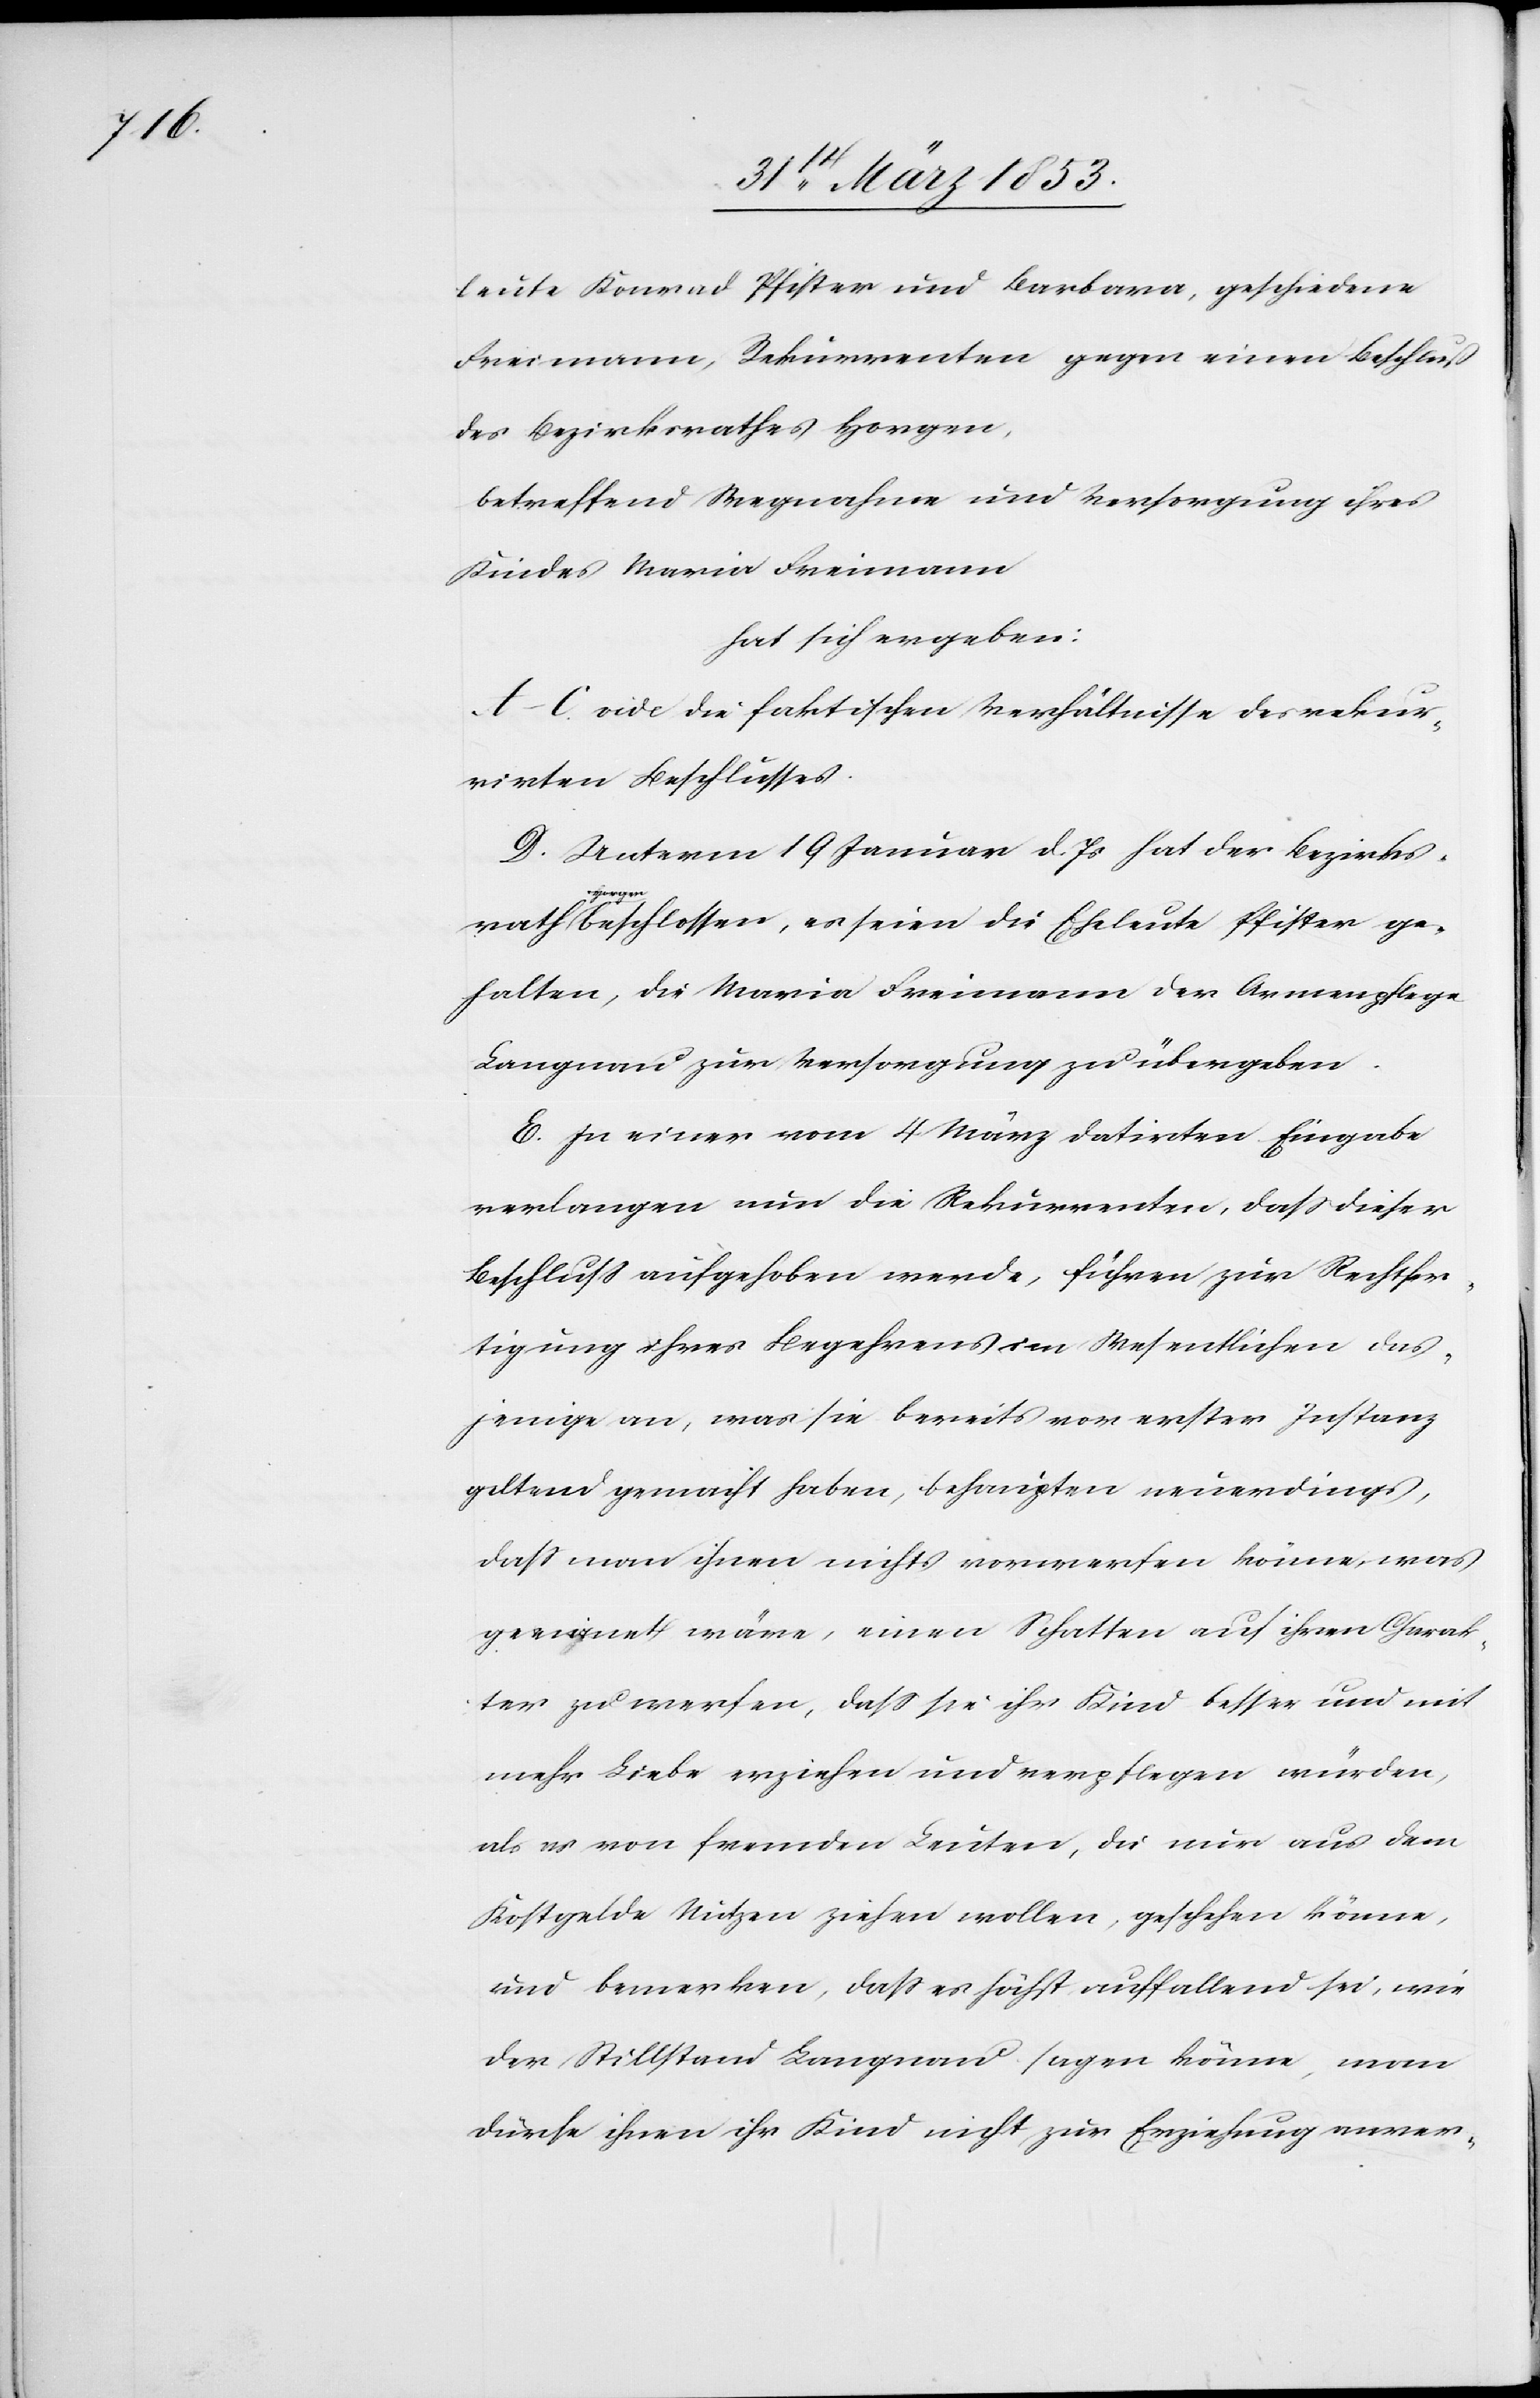
rath Ho¬

leute Konrad Pfister und Barbara, geschiedene
Freimann, Rekurrenten gegen einen Beschluß
des Bezirksrathes Horgen,
betreffend Wegnahme und Versorgung ihres
Kindes Maria Freimann.
hat sich ergeben:
A–C. vide die faktischen Verhältnisse des rekur¬
rirten Beschlusses.
D. Unterm 19 Januar d. Js. hat der Bezirks¬
rgen beschlossen, es seien die Eheleute Pfister ge¬
halten, die Maria Freimann der Armenpflege
Langnau zur Versorgung zu übergeben.
E. In einer vom 4 März datirten Eingabe
verlangen nun die Rekurrenten, daß dieser
Beschluß aufgehoben werde, führen zur Rechtfer¬
tigung ihres Begehrens im Wesentlichen das¬
jenige an, was sie bereits vor erster Instanz
geltend gemacht haben, behaupten neuerdings,
daß man ihnen nichts vorwerfen könne, was
geeignet wäre, einen Schatten auf ihren Charak¬
ter zu werfen, daß sie ihr Kind besser und mit
mehr Liebe erziehen und verpflegen würden,
als es von fremden Leuten, die nur aus dem
Kostgelde Nutzen ziehen wollen, geschehen könne,
und bemerken, daß es höchst auffallend sei, wie
der Stillstand Langnau sagen könne, man
dürfe ihnen ihr Kind nicht zur Erziehung anver-